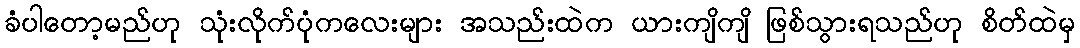
ခံပါတော့မည်ဟု သုံးလိုက်ပုံကလေးများ အသည်းထဲက ယားကျိကျိ ဖြစ်သွားရသည်ဟု စိတ်ထဲမှ